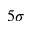
5 \sigma